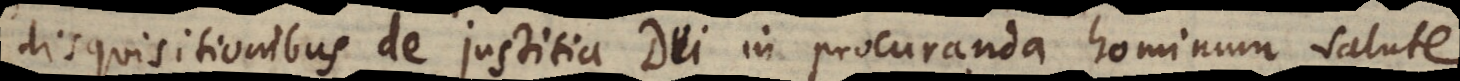
disquisitionibus de justitia Dei in procuranda hominum salute.